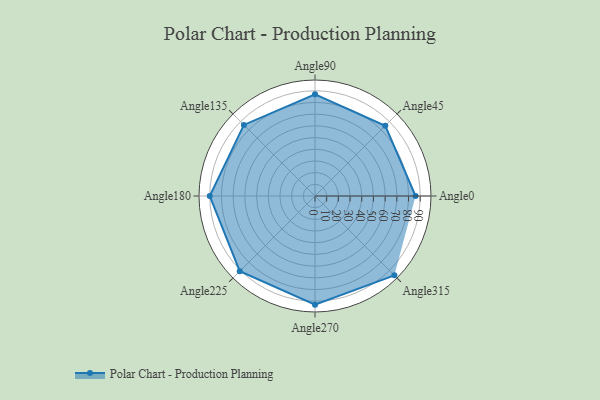
{"axis": {"x": "Angle", "y": "Radius"}, "legend": [""], "data": [{"x": "Angle0", "y": 86.0, "type": ""}, {"x": "Angle45", "y": 85.0, "type": ""}, {"x": "Angle90", "y": 87.0, "type": ""}, {"x": "Angle135", "y": 86.0, "type": ""}, {"x": "Angle180", "y": 90.0, "type": ""}, {"x": "Angle225", "y": 91.0, "type": ""}, {"x": "Angle270", "y": 93.0, "type": ""}, {"x": "Angle315", "y": 96.0, "type": ""}]}